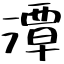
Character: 潭